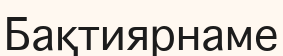
Бақтиярнаме